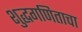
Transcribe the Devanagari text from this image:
शुद्धगणिताचा